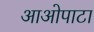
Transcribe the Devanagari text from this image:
आओपाटा